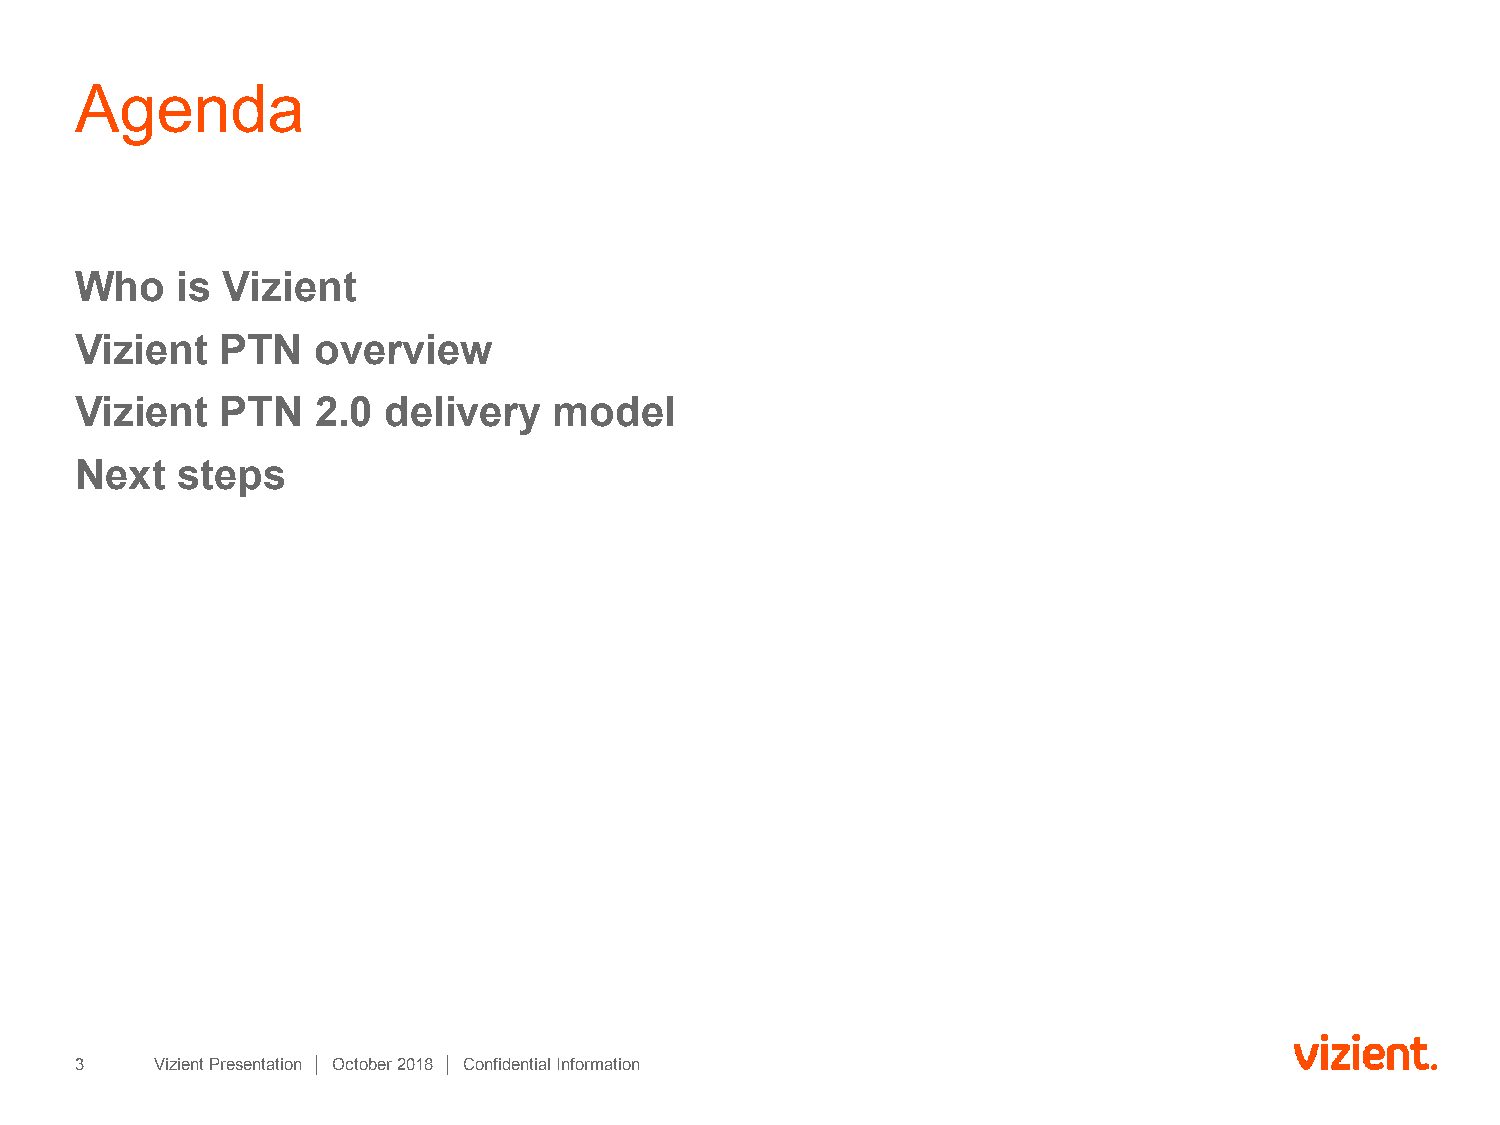
Agenda
 Who    is Vizient
 Vizient   PTN   overview
 Vizient   PTN   2.0 delivery    model
 Next   steps
 3    Vizient Presentation │ October 2018 │ Confidential Information